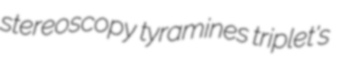
stereoscopy tyramines triplet's